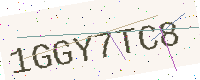
Text: 1GGY7TC8